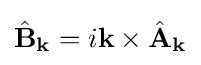
{\hat {\mathbf {B} }}_{\mathbf {k} }=i{\mathbf {k} }\times {\hat {\mathbf {A} }}_{\mathbf {k} }